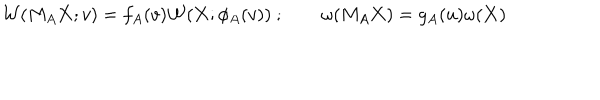
LaTeX: { \cal W } ( M _ { A } { \bf X } ; v ) = f _ { A } ( v ) { \cal W } ( { \bf X } ; \phi _ { A } ( v ) ) \ ; \qquad \omega ( M _ { A } { \bf X } ) = g _ { A } ( u ) \omega ( { \bf X } )